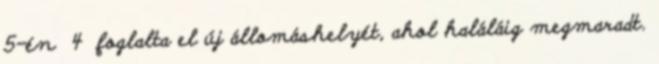
5-én 4 foglalta el új állomáshelyét, ahol haláláig megmaradt.